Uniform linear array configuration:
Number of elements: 8
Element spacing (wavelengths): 0.25
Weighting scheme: hamming
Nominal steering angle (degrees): -30
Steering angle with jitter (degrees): -28.497
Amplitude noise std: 0.05
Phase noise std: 0.05

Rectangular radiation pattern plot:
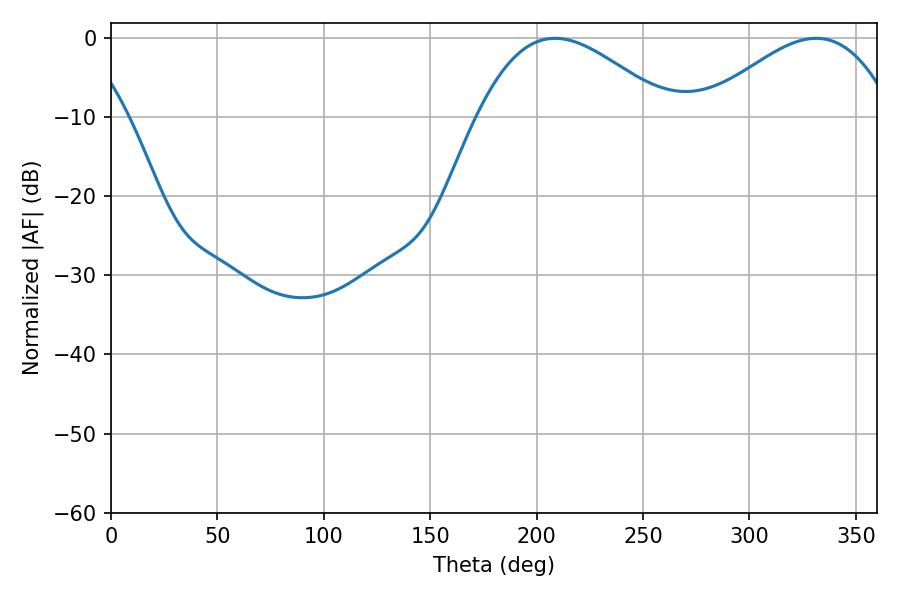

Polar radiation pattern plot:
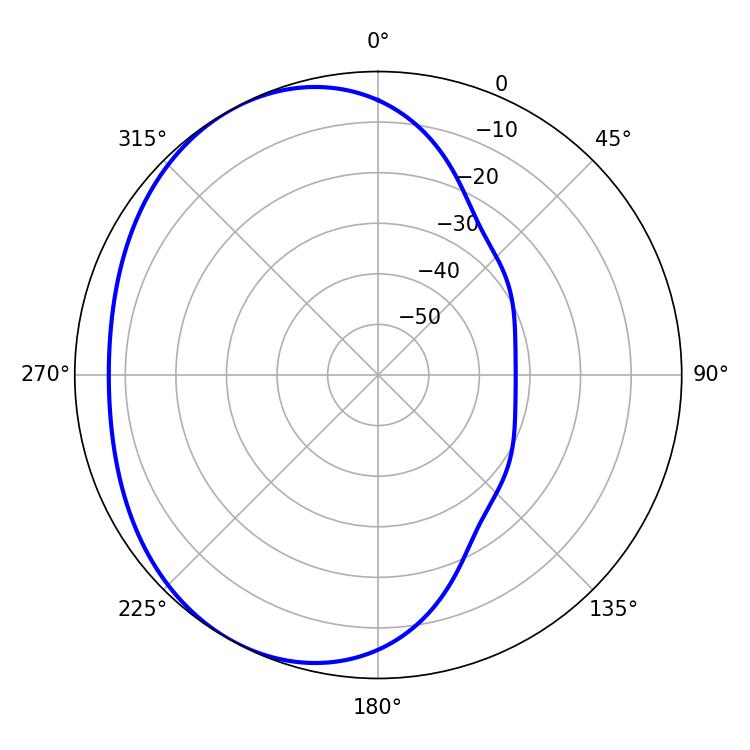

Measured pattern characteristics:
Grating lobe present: FALSE
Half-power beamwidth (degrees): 48.6
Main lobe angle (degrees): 208.62